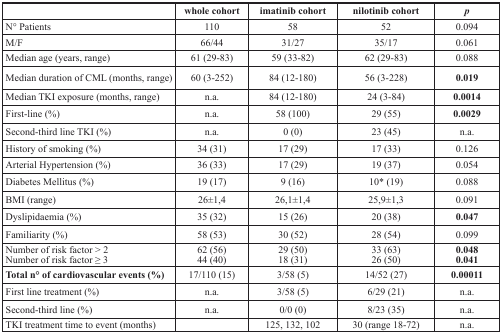
<table><thead><tr><td></td><td><b>whole cohort</b></td><td><b>imatinib cohort</b></td><td><b>nilotinib cohort</b></td><td><b><i>p</i></b></td></tr></thead><tbody><tr><td>N° Patients</td><td>110</td><td>58</td><td>52</td><td>0.094</td></tr><tr><td>M/F</td><td>66/44</td><td>31/27</td><td>35/17</td><td>0.061</td></tr><tr><td>Median age (years, range)</td><td>61 (29-83)</td><td>59 (33-82)</td><td>62 (29-83)</td><td>0.088</td></tr><tr><td>Median duration of CML (months, range)</td><td>60 (3-252)</td><td>84 (12-180)</td><td>56 (3-228)</td><td><b>0.019</b></td></tr><tr><td>Median TKI exposure (months, range)</td><td>n.a.</td><td>84 (12-180)</td><td>24 (3-84)</td><td><b>0.0014</b></td></tr><tr><td>First-line (%)</td><td>n.a.</td><td>58 (100)</td><td>29 (55)</td><td><b>0.0029</b></td></tr><tr><td>Second-third line TKI (%)</td><td>n.a.</td><td>0 (0)</td><td>23 (45)</td><td>n.a.</td></tr><tr><td>History of smoking (%)</td><td>34 (31)</td><td>17 (29)</td><td>17 (33)</td><td>0.126</td></tr><tr><td>Arterial Hypertension (%)</td><td>36 (33)</td><td>17 (29)</td><td>19 (37)</td><td>0.054</td></tr><tr><td>Diabetes Mellitus (%)</td><td>19 (17)</td><td>9 (16)</td><td>10* (19)</td><td>0.088</td></tr><tr><td>BMI (range)</td><td>26±1,4</td><td>26,1±1,4</td><td>25,9±1,3</td><td>0.091</td></tr><tr><td>Dyslipidaemia (%)</td><td>35 (32)</td><td>15 (26)</td><td>20 (38)</td><td><b>0.047</b></td></tr><tr><td>Familiarity (%)</td><td>58 (53)</td><td>30 (52)</td><td>28 (54)</td><td>0.099</td></tr><tr><td>Number of risk factor &gt; 2</td><td>62 (56)</td><td>29 (50)</td><td>33 (63)</td><td><b>0.048</b></td></tr><tr><td>Number of risk factor ≥ 3</td><td>44 (40)</td><td>18 (31)</td><td>26 (50)</td><td><b>0.041</b></td></tr><tr><td><b>Total n° of cardiovascular events (%)</b></td><td>17/110 (15)</td><td>3/58 (5)</td><td>14/52 (27)</td><td><b>0.00011</b></td></tr><tr><td>First line treatment (%)</td><td>n.a.</td><td>3/58 (5)</td><td>6/29 (21)</td><td>n.a.</td></tr><tr><td>Second-third line (%)</td><td>n.a.</td><td>0/0 (0)</td><td>8/23 (35)</td><td>n.a.</td></tr><tr><td>TKI treatment time to event (months)</td><td></td><td>125, 132, 102</td><td>30 (range 18-72)</td><td>n.a.</td></tr></tbody></table>